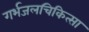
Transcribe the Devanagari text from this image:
गर्भजलचिकित्सा